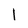
Character: l